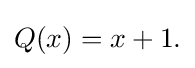
Q(x)=x+1.\,\!